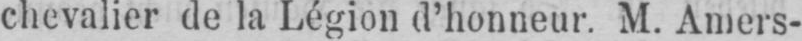
chevalier de la Légion d’honneur, M. Amers-